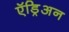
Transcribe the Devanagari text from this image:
ऍड्रिअन